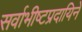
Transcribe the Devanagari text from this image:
सर्वाभीष्टप्रदायिने